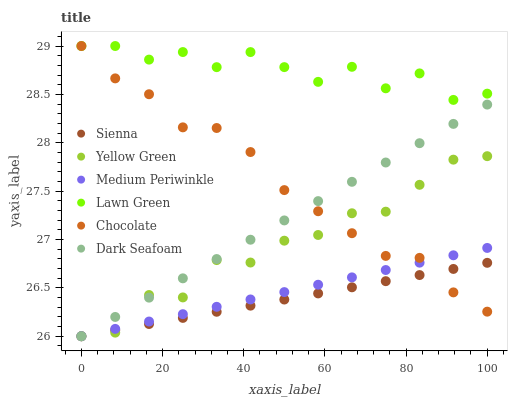
| xaxis_label | Sienna | Yellow Green | Medium Periwinkle | Lawn Green | Chocolate | Dark Seafoam |
 | --- | --- | --- | --- | --- | --- | --- |
 | 0 | 26 | 26 | 26 | 29 | 29 | 26 |
 | 8.33 | 26.1 | 26 | 26.1 | 29 | 28.7 | 26.2 |
 | 16.7 | 26.1 | 26.4 | 26.2 | 28.9 | 28.5 | 26.4 |
 | 25 | 26.2 | 26.4 | 26.2 | 28.9 | 28.2 | 26.6 |
 | 33.3 | 26.3 | 26.8 | 26.3 | 28.8 | 28.2 | 26.8 |
 | 41.7 | 26.3 | 26.8 | 26.4 | 28.9 | 27.9 | 27 |
 | 50 | 26.4 | 27 | 26.5 | 28.8 | 27.5 | 27.2 |
 | 58.3 | 26.4 | 27 | 26.5 | 28.6 | 27.3 | 27.4 |
 | 66.7 | 26.5 | 27.3 | 26.6 | 28.8 | 27.1 | 27.6 |
 | 75 | 26.6 | 27.3 | 26.7 | 28.6 | 26.8 | 27.8 |
 | 83.3 | 26.6 | 27.6 | 26.8 | 28.7 | 26.8 | 28 |
 | 91.7 | 26.7 | 27.8 | 26.8 | 28.4 | 26.5 | 28.2 |
 | 100 | 26.8 | 27.9 | 26.9 | 28.5 | 26.3 | 28.4 |